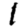
Digit: 1